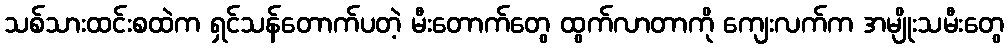
သစ်သားထင်းစထဲက ရှင်သန်တောက်ပတဲ့ မီးတောက်တွေ ထွက်လာတာကို ကျေးလက်က အမျိုးသမီးတွေ